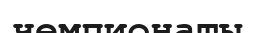
чемпионаты